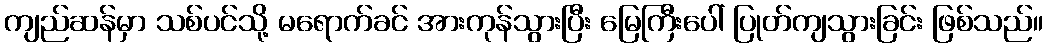
ကျည်ဆန်မှာ သစ်ပင်သို့ မရောက်ခင် အားကုန်သွားပြီး မြေကြီးပေါ် ပြုတ်ကျသွားခြင်း ဖြစ်သည်။